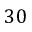
3 0